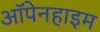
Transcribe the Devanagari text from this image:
ऑपेनहाइम